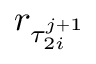
r _ { \tau _ { 2 i } ^ { j + 1 } }